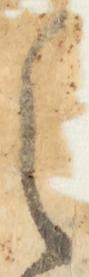
之